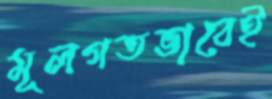
মূলগতভাবেই